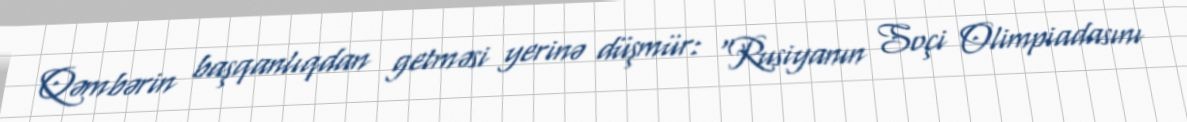
Qəmbərin başqanlıqdan getməsi yerinə düşmür: “Rusiyanın Soçi Olimpiadasını